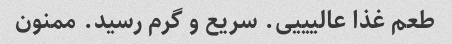
طعم غذا عالیییی. سریع و گرم رسید. ممنون